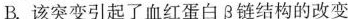
B.该突变引起了血红蛋白β链结构的改变